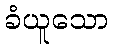
ခံယူသော